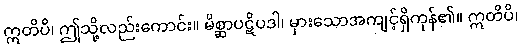
ဣတိပိ၊ ဤသို့လည်းကောင်း။ မိစ္ဆာပဋိပဒါ၊ မှားသောအကျင့်ရှိကုန်၏။ ဣတိပိ၊